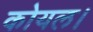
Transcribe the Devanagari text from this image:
कोयल।